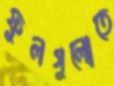
ফুলগুলোতে